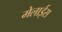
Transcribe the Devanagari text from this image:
मेलाईस